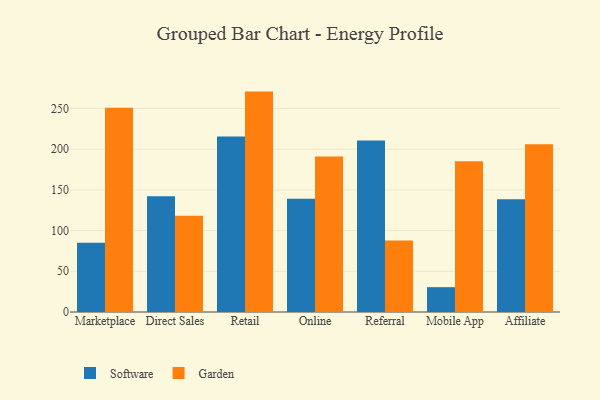
{"axis": {"x": "Channel", "y": "Net Income (USD K)"}, "legend": ["Garden", "Software"], "data": [{"x": "Marketplace", "y": 85.2, "type": "Software"}, {"x": "Marketplace", "y": 250.9, "type": "Garden"}, {"x": "Direct Sales", "y": 142.1, "type": "Software"}, {"x": "Direct Sales", "y": 118.2, "type": "Garden"}, {"x": "Retail", "y": 215.6, "type": "Software"}, {"x": "Retail", "y": 270.7, "type": "Garden"}, {"x": "Online", "y": 139.2, "type": "Software"}, {"x": "Online", "y": 191.1, "type": "Garden"}, {"x": "Referral", "y": 210.7, "type": "Software"}, {"x": "Referral", "y": 87.9, "type": "Garden"}, {"x": "Mobile App", "y": 30.5, "type": "Software"}, {"x": "Mobile App", "y": 185.2, "type": "Garden"}, {"x": "Affiliate", "y": 138.5, "type": "Software"}, {"x": "Affiliate", "y": 205.9, "type": "Garden"}]}